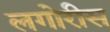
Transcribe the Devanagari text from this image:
लगोरीस